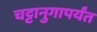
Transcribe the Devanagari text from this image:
चट्टानुगापर्यंत